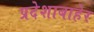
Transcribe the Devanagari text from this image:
प्रदेशाबाहेर